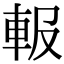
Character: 𨋁